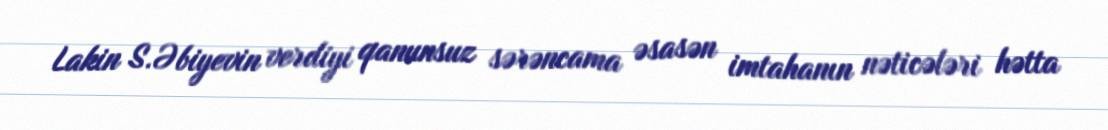
Lakin S.Əbiyevin verdiyi qanunsuz sərəncama əsasən imtahanın nəticələri hətta